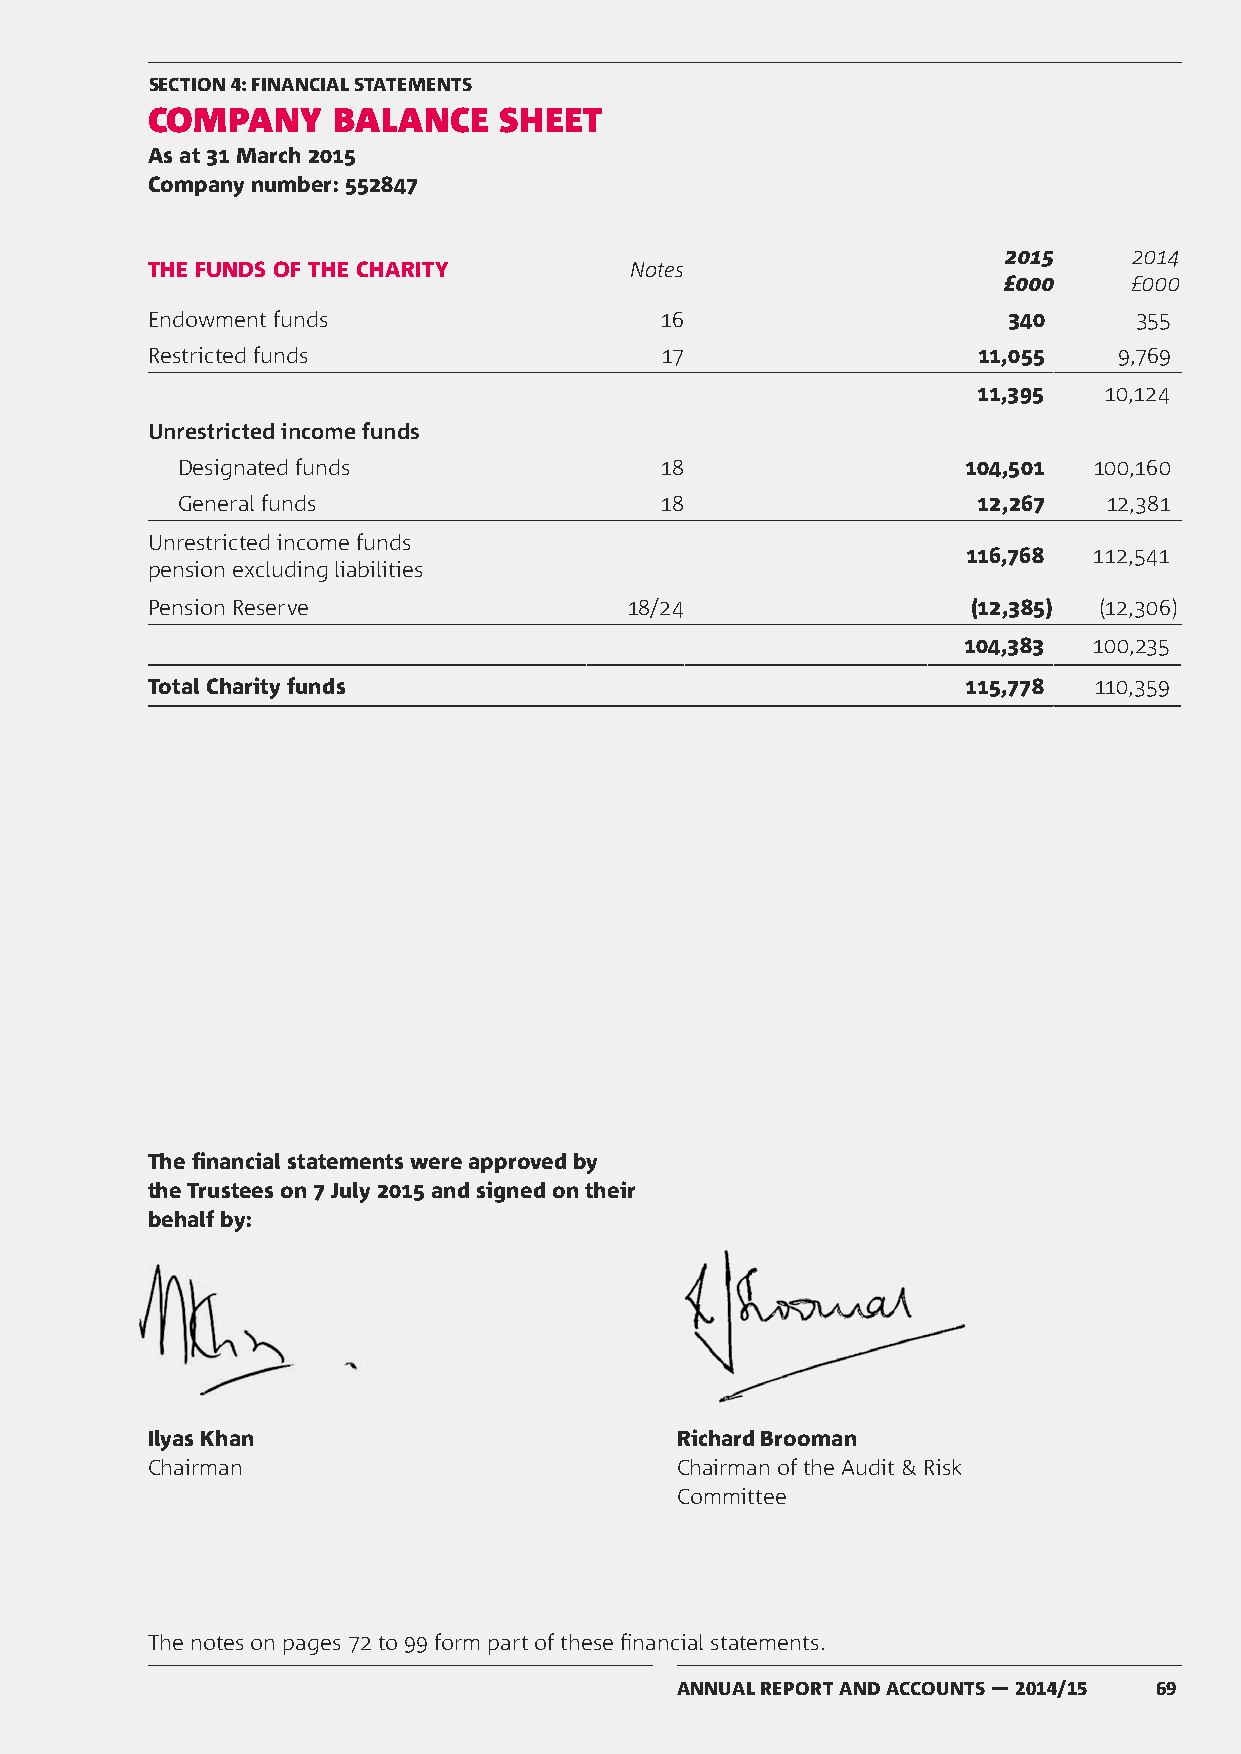
SECTION 4: FINANCIAL STATEMENTS
 COMPANY     BALANCE    SHEET
 As at 31 March 2015
 Company number: 552847
 2015    2014
 THE FUNDS OF THE CHARITY        Notes
 £000     £000
 Endowment funds                   16                     340     355
 Restricted funds                  17                   11,055   9,769
 11,395  10,124
 Unrestricted income funds
 Designated funds                18                  104,501 100,160
 General funds                   18                   12,267  12,381
 Unrestricted income funds
 116,768 112,541
 pension excluding liabilities
 Pension Reserve                18/24                  (12,385) (12,306)
 104,383 100,235
 Total Charity funds                                   115,778 110,359
 The financial statements were approved by
 the Trustees on 7 July 2015 and signed on their
 behalf by:
 Ilyas Khan                         Richard Brooman
 Chairman                           Chairman of the Audit & Risk
 Committee
 The notes on pages 72 to 99 form part of these financial statements.
 ANNUAL REPORT AND ACCOUNTS — 2014/15 69